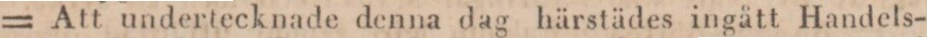
= Att undertecknade denna dag härstädes ingått Handels-